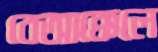
বেআক্কেলে